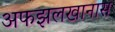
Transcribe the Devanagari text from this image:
अफझलखानास